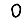
Digit: 0